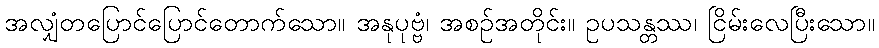
အလျှံတပြောင်ပြောင်တောက်သော။ အနုပုဗ္ဗံ၊ အစဉ်အတိုင်း။ ဥပသန္တဿ၊ ငြိမ်းလေပြီးသော။